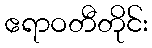
ဧရာဝတီတိုင်း